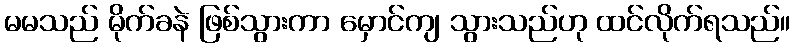
မမသည် မိုက်ခနဲ ဖြစ်သွားကာ မှောင်ကျ သွားသည်ဟု ထင်လိုက်ရသည်။